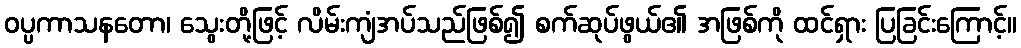
ဝပ္ပကာသနတော၊ သွေးတို့ဖြင့် လိမ်းကျံအပ်သည်ဖြစ်၍ စက်ဆုပ်ဖွယ်၏ အဖြစ်ကို ထင်ရှား ပြခြင်းကြောင့်။